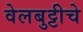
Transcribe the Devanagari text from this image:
वेलबुट्टीचे